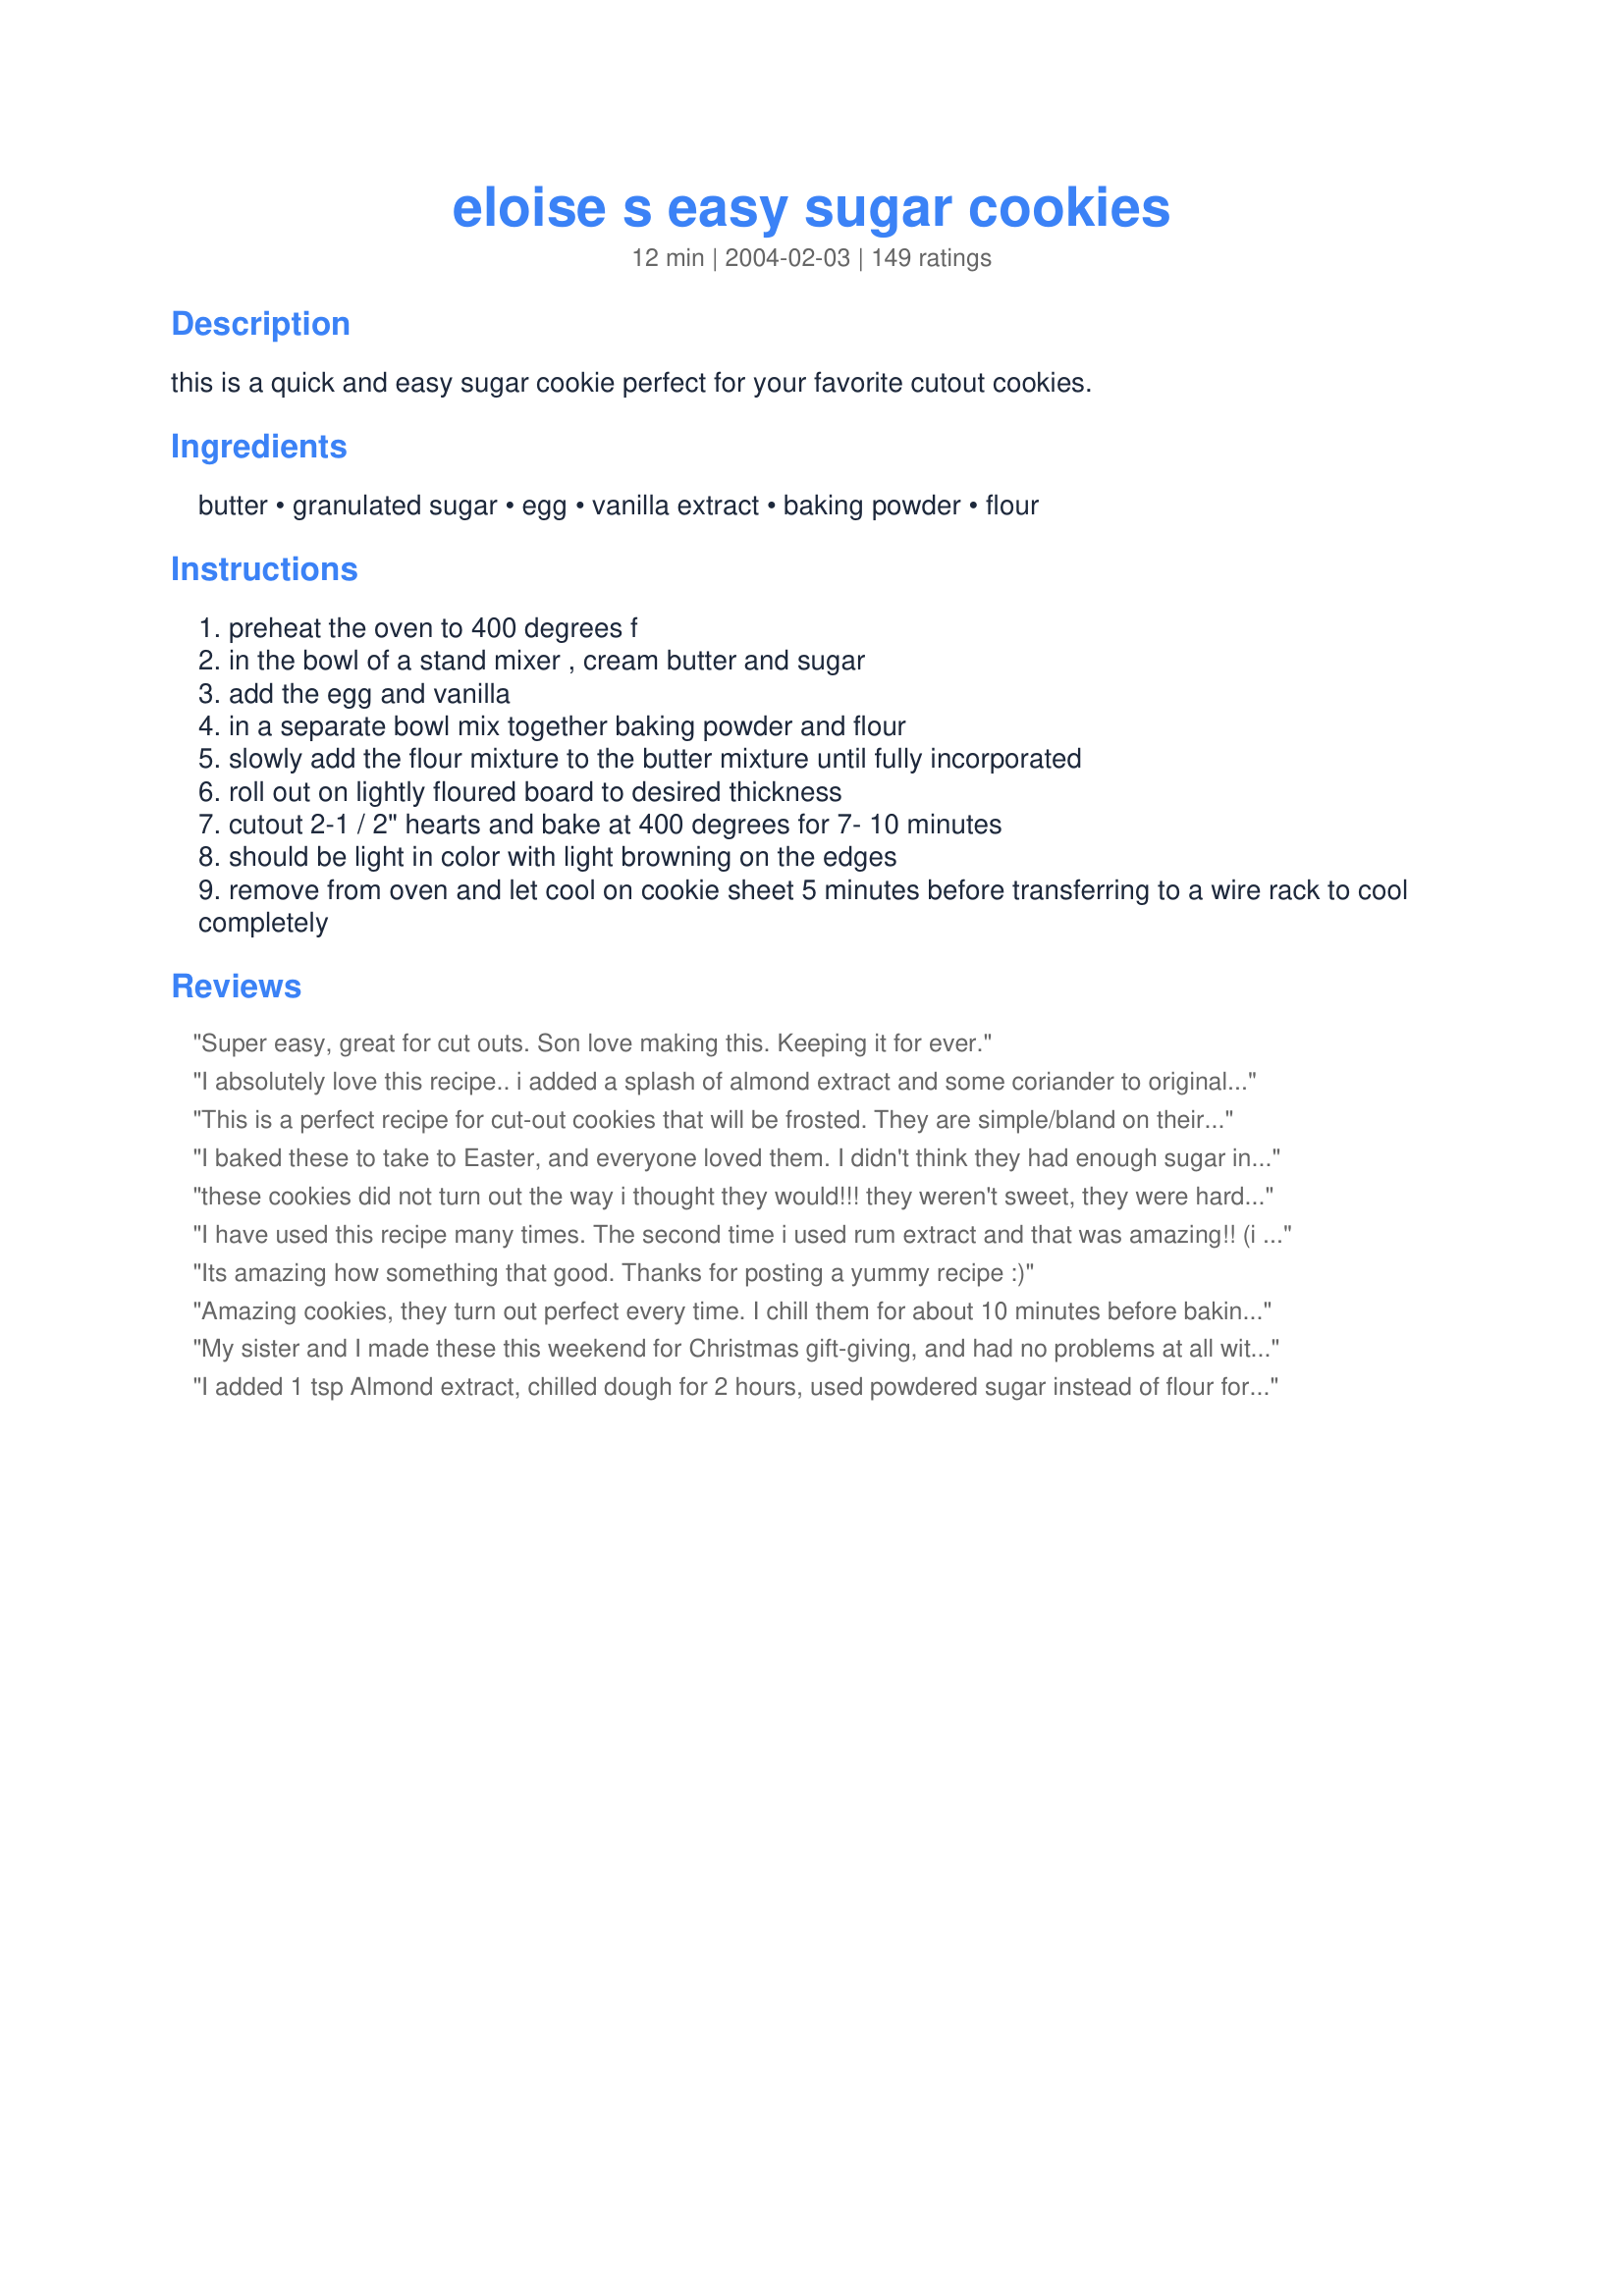
eloise s easy sugar cookies
Preparation time: 12 minutes

this is a quick and easy sugar cookie perfect for your favorite cutout cookies.

Ingredients:
butter, granulated sugar, egg, vanilla extract, baking powder, flour

Steps:
preheat the oven to 400 degrees f
in the bowl of a stand mixer , cream butter and sugar
add the egg and vanilla
in a separate bowl mix together baking powder and flour
slowly add the flour mixture to the butter mixture until fully incorporated
roll out on lightly floured board to desired thickness
cutout 2-1 / 2" hearts and bake at 400 degrees for 7- 10 minutes
should be light in color with light browning on the edges
remove from oven and let cool on cookie sheet 5 minutes before transferring to a wire rack to cool completely

Reviews:
Super easy, great for cut outs. Son love making this. Keeping it for ever.
I absolutely love this recipe.. i added a splash of almond extract and some coriander to original list of ingredients and reduced the amount of sugar by 1/4 and baking powder to 1 tsp since i like a crunchy cookie, and I can’t say enough about the results.. Perfect texture, perfect sweetness! My family enjoyed them with coffee and milk.
This is a perfect recipe for cut-out cookies that will be frosted. They are simple/bland on their own, but let kids drench them in icing and sprinkles and they are PERFECT. Just made 2 batches to take to classroom. Don't use extra large eggs -- large works fine. If dough seems sticky, add a little flour at a time til dough comes clean from sides of mixing bowl. And it's true -- you don't have to chill the dough!
I baked these to take to Easter, and everyone loved them. I didn't think they had enough sugar in them, though. They weren't quite as sweet as other sugar cookies I have tried, but they were still good.
these cookies did not turn out the way i thought they would!!! they weren't sweet, they were hard and dry and took the moisture out of my mouth... it leaves a bad after taste and i did everything the instructions said to do!!! i will never make these again!!
I have used this recipe many times. The second time i used rum extract and that was amazing!! (i do not care for vanilla). Tonight i left out egg and baking powder and ate the dough during movie night for the family. It was delicious!! One of my favorite recipes!
Its amazing how something that good. Thanks for posting a yummy recipe :)
Amazing cookies, they turn out perfect every time. I chill them for about 10 minutes before baking and the shape of the cookie stays exact. Use 2.5 cups of flour and 1/4 cocoa powder to make a chocolate version.
My sister and I made these this weekend for Christmas gift-giving, and had no problems at all with the dough, or the flvor of the baked cookies. We made several different sizes from 1&quot; to 2&quot; and found we needed different baking times based on size and thickness - 6 minutes for the smaller/thinner ones, and 7 minutes for the bigger/thicker ones. Time cooling also seemed to affect whether or not they held together...we had some angel wings and heads break off trying to get them off the pan :( Overall, this was a simple and flavorful recipe - we used powdered sugar to roll out, and the dough was the perfect consistency. We did chill it for about 15 minutes before rolliing them out, but after that we used the dough at room temperature with no problems. Will definitely make these again.
I added 1 tsp Almond extract, chilled dough for 2 hours, used powdered sugar instead of flour for rolling. They turned out great! Even had people ask for the recipe. I will be using this again :)
great, fun and easy recipe works every time!
Super easy and tastes great! This was my first time making sugar cookie cut-outs and I'm very happy with how they turned out. Thanks!!
I actually made these cookies for the first time today. They aren't that sweet but I personally am not a fan of super sweet cookies. I did however add a bit more vanilla than the recipe calls for and i believe they taste really good, So does the whole family!
I unbiasedly must say I grew up with the world's best sugar cookie maker as my grandma, but alas she is no longer here and her 125+ year old recipe is much more time consuming and difficult to make. An impatient 3 year old couldn't understand that so I found this recipe to try and was pleasantly surprised. We added a touch of lemon extract to make them taste more like Grandma's and put candy sprinkles on them before baking them. They were fabulous and were gone in no time at all! One review I read said to grease the cookie sheet and I tried it both ways with no noticeable difference. Much better sugar cookie recipe than I've tried in the past. Not grandma's but still very, very good.
Love these cookies. Very easy to make and taste wonderful. Everyone enjoyed them. A recipe keeper!
Not super impressed unfortunately. The consistency was great for the cut-outs but they were not very sweet at all. They sorta tasted like cardboard. But, they cooked well in the oven and are sturdy.
My daughter and I made these this evening. I had a fabulous simple sugar cookie recipe years ago that I have since lost and thought that this might be it. The result was ok. The flavor was good but not exceptional, just kind of plain. But the thing that frustrated me was that they puff up and lose their shape (from cut-outs). I have actually only had one recipe that didn't puff up and that was the one I lost. I think these would be ok as a drop sugar cookie, but they would need more flavoring...possibly almond extract. Sorry for the three starts, they just were not what I was hoping for.
Very happy with your receipt! Thank you!
Made these yesterday. My grandkids are visiting so they helped with the cutouts. This was the best sugar cookie recipe I've used and I've tried a lot. The cookies held their shape and the dough was easy to work with. Thanks.
Just a comment on some reviewers saying they were too salty...wonder if they were using salted butter? I hadn&#039;t even considered it, but we only ever buy unsalted butter and mine turned out delicious. If salted butter is not supposed to be used, maybe it should be mentioned in the recipe. This was my first time making suger cookies (with a 2 year old!) and they turned out great!
These are freaking good cookies! I added 1 tsp. of Almond extract as well.

On a side note: If you are making these for a holiday and want to dye them, be prepared to put them in the fridge to solid up. My black and orange cookies were really squishy. 
 My 'plain' ones, though, were gorgeous right out of the mixer. They bake up really nice and hold their shape well. I give this recipe 5 WOO WOOs!! :)
REally good sugar cookies. I let my kids go to town with them one afternoon....easy enough for children to make!
Let me start off by saying, I&#039;ve always been hesitant about these kinds of cookies (cut out). I made these last night and they came out GREAT!! I love them (I did let my dough chill for about 15-20 mins just to be safe) I was able to cut them out easily, this will be my GO TO RECIPE from now on!! THANKS SO MUCH!!
Aparently My Mom and I cooked the cookies together but i was telling her the instructions on somehow messed her up.....So i messed up the cookies. some are sweet and some are just so ugh. But they are very easy to make and very yummy for my tummy :D
they are awesome
These cookies were so delicious and soft! The perfect sugar cookie recipe. I followed the recipe exact and it was on point!
I haven’t made yet but am excited!!! I made an all Butter Dough, but it didn’t work for the pie to want.... can I use the pie dough for cookie dough?
BEST SUGAR COOKIES EVER!!! I normally don't like sugar cookies, but these taste amazing! Looking forward to icing them :)
I was planning on making dough and puting it in the fridge possibly over night and use tomorrow. Will it still be okay?
add lemon extract instead of vanilla it is great
Pretty good!

My boyfriend just had surgery on his butt so I made pain pill and butt cookies.
when i made the dough it looked really crumbly so i added a little bit of water to bind it a bit better came out amazing and tasted amazingly i would recommend it
These were really fun and easy to make! I made them in all differant shapes, including dog bone. I will make these again.
I love this recipe! I made the cookies with my 2 years old daughter and we used cookie cutters, very nice results. She left a piece of cookie on her food trade last night and this morning was in perfect condition, it wasn't hard, just perfect!
So easy and very delicious!! So happy I made christmas cookies with this recipe :)
Great recipe! My nephew and I had a great time making halloween cookies with this. Just a reminder to those not satisfied, it's always ok to use your hands to bring your dough together and chilling makes for easier rolling and better shapes.
I had no vanilla so I used the same amount of lemon juice, they came out awesome!
Turned out perfect. Sweet, just right! I thought the mixture was a little bit hard, but actually in the end it was perfect!
Do u use self rising flour or all purpose? Thanks
This is my second time making them due to I had to classes to get them to and my family ate them before they made it to the second class...lol
The first time I now know I rolled them out a little thin. This time I was more careful. Both time they came out perfect! 
Though my DH says they're more like short bread than sugar cookies. Personally...I don't care. They are awsome are will be the Holiday cookie recipe for me from now on. 
Thanks Gingerbee!
These cookies were so easy I'm thinking this is my new recipe
Easy and excellent recipe! Very quick to make and will use your recipe again. Thanks for sharing! =]
No fooling, these babies are the only sugar cookie I will ever ever use again in my whole life...especially for gifts. They don't have to be chilled (in fact the dough gets kind tough to handle when refridgerated) before rolling and cutting. The dough was not sticky at all, a light dusting on the rolling pin kept any dough from lifting. They cut like a dream, again not sticking to my cheapo metal cutters. They baked (on a greased sheet) and only stuck very slightly...grease your pan good. They bake however you want them to. Less time+thicker cut= softer cookie. Time as stated in recipe + 1/8 inch cut = softer when warm, crispier when dried. The edges were better when they got a little color on them. We made these for a homeschooling cooking project for Autumn leaves cutouts. We used icing (recipe # 64015) and my rainbow sugar crystals Recipe #251133. Wonderful combination! Thank you so much Gingerbee for the wonderful recipe. Outstanding.
Oh My!! Soooo good, and easy to make. I will always use this recipe from now on!
The best sugar cookie i recipe i have came accross! So simple and easy. I made the cookies exactly what the reciepe called for, put in the fridge for 20 mins then rolled out the dough . I had no isdues with the dough, I hope that helps:) aslo i used vanilla instead of almond flavor i cooked in 400 for 6 mins . My cookies are so nice and soft no crunchy cookies yippie :)
Simply amazing (and simple lol) recipe! I frosted them with this sugar cookie icing
(http://www.recipezaar.com/64015)
And to be honest, went a little nuts with the presentation...I'll send a picture as soon as I can.

Again, thank you so much :]
Easy and delicious!
Quick, easy sugar cookie recipe that I use to make cut-out Christmas cookies with the kids.
Very easy; and if made very simply, they are a great accompaniment to a wonderful home made ice cream.
I wanted to make sugar cookies all week and found this recipe here online, so I thought I&#039;d try it. I have made sugar cookies many times before, but I felt like trying this particular recipe, and I must say they turned out perfectly. You can actually put less of certain ingredients to make it to your own taste. The only change I made was I used less sugar, since I used Splenda mixed with Brown Sugar. They are delizioso, especially with Tea.
This recipe was so easy to work with and no time involved in refrigerating before rolling. Great for a Sunday after church when I needed a sheep shaped cookie for a snack for the 3-4 year olds in AWANA and only had a few hours to make them.
This is the WORST RECIPE EVER! I have burned over three dozen cookies. I tried tweaking the temperature, the thickness of the cookies, the time of cooking. They ALL BURN ON THE BOTTOM and stay raw on top. I am so upset. I was planning on making these cookies for a cookie exchange at work tomorrow. Now I either have to show up with store bought cookies or come empty handed. I hate this horrible recipe and if I could give it negative stars I would!
Turned out great. Didn’t make any changes to recipe. I did make into 3 disks and chilled over night in the fridge. Thawed on counter for a half hour and the dough was very workable. These cookies took 6 minutes exactly and have a great flavour. Looking forward to decorating.
I was looking for a quick easy last minute sugar cookie recipe. These are easy to make and fast. I will definitely use this recipe again.
This recipe is AMAZING!! best sugar cookies I ever made/had. My boys loved them! We ate them all up. Plus how fun is it to decorate them! We will be using the recipe every Christmas! ?? Thank you!
My whole family and I LOVE LOVE LOVE these cookies, turn out great and are super easy
I just came across an awesome recipe and have made it twice now. So simple and easy!!! I was planning to make a few as gifts for Christmas this year. Do sugar cookies keep and freeze well? How long can you keep them frozen and once defrosted and decorated with sugar icing, how long does it keep?
These were terrible cookies. I made an account for the sole purpose of reviewing what has been, in my humble opinion, the worst sugar cookies I have ever had the misfortune of consuming. They faithfully replicate the experience of eating animal crackers or stale tea biscuits, the final product being hard enough to keep our dinosaur-shaped cookies intact through numerous battles to the death. &lt;br/&gt;&lt;br/&gt;The dough itself does not hold up well to any shape other than a round turd-esq shape, falling apart if you try to form it or use cookie cutters. The cookies weren&#039;t even that tasty, falling somewhere between dollar-store shortbread and stale Wonder bread. &lt;br/&gt;&lt;br/&gt;Please, I beg you on behalf of our poor dinosaur cookies that languish on the table un-eaten, change *something* in the recipe and add something tasty.
The dough was easy to work with. The cookies tasted great. Thank you!
I LOVE this recipe! Instead of using vanilla, I use 2tsps of almond extract. Everyone thinks I&#039;m a pro! I bought the smallest strawberry cookie cutter and painted the cookies with just watered down food colouring before I baked them....AMAZING! Because of you, I make the most amazing birthday cookies! Thanx Gingerbee! MUAH!
This recipe is exactly as advertised: easy. When baked for six minutes they have a great bite with even coloring creating a perfect base for decorating. The flavor is shallow on its own, so if they going to be served naked, I would add either almond extract or vanilla bean to create a more complex taste.
Great recipe! I divided dough into sections since I wasmaking different designs of cutout cookies. I kept dough covered while working with it. It didn't dry out at all. Cookies retained shape and detail after baking. Loved it!
Maddie's Mom
Tried using an electric mixer and accidentally over mixed so they were a strange consistency. Tried again hand mixing and cutting them out pretty thick and they are beautiful. Cooked for 6 mins on a dark non stick pan.
I made these for the first time and they are so delicious! Everybody that has ate one has asked for the recipe. So easy to make!
These cookies are THE best sugar cookies I have ever had! They are very easy to make and hardly take any time. You can&#039;t go wrong with this recipe!
even if they are are not rolled out they are still yummy
These are fantastic! I have tried several sugar cookie recipes from food.com- even those Granny's cookies that were so popular- and I found these to be SO much better! I amended the recipe a little bit based on other's reviews- I sprinkled in some orange zest into the dough ( probably 1 teaspoon at the most) and added one- half teaspoon of almond extract in addition to the vanilla-. Then if I needed any flour while rolling out I a conf sugar and flour mix on the roller so the dough did not get bland. These are crisper cookies than the soft sugar cookies- much better to my liking. They are more the old fashioned variety. And they taste so much better. Thank you Eloise!
Made these last year...making them again this year...not real sweet,but when you decorate with icing and sprinkles they are perfect
I lost my recipe so I quick looked this up and made 2 double batches for family Easter cookies. It is easier and better than my original recipe. I used real butter and put dough in fridge because it was time to start dinner and it was so hard I had to wait for it to come back to room temperature.
I absolutely love these cookies! Perfect for any occasion. The best Ever Sugar Cookies I have ever made!
Do I use all purpose flour or self rising flour
help! They wont keep shape once cooked! Turning in to blobs! Any suggestions
i just made them now and it was quick and so easy! oh man i love the cookies! im going to show it to my friends and make the cookies for them!
I test made this recipe to see if I could double the batch, it worked great! Fabulous and super easy to work with, not needing to chill first is a real bonus! I love the cookie without the icing, my husband loves it with. Great for decorating! Highly recommend this recipe for the home baker.
I used real butter and hand mixed everything. 1/4 of dry ingredients at a time. I refrigeratedon't the dough for an hour and didn't need any flour to roll it out. Not sticky at all. I baked them for 8 minutes. These are soft moist and so so tasty. I was worried after reading some reviews about them being bland or dry. I'm not sure where they went wrong or I went right but these are delicious cookies. I've never baked sugar cookies before. I'm just broke and happened to have the ingredients and wanted to make cookies for my kids. I highly recommend these. I'll definitely save this recipie. This picture is half of the recipie. I have the rest in the fridge for later.
Tried these cookies nd they re the worst cookies I ever ate. I will never make them again
LOVE THESE SUGAR COOKIES!! I have always purchased sugar cookie dough b/c I usually want to make it and use it when the urge strikes. Since most recipes call for 30 min chilling time I just use the stuff that's already to go. NOT ANYMORE!! I used almond extract instead of vanilla and it was PERFECT!! Thanks for the recipe!!
I tried this recipe and the dough keeps falling apart and sticking to a non stick roller I can't even pick up the cookies without them falling apart....would it help if I stick the dough in the fridge for a bit first?
Well, so far not so great. I had to scramble quite a bit to wrangle this recipe into something worthy of oven time. They're baking now but from the looks of it, I think I'll need to figure out how to salvage the whole batch or throw it out, like the other recipes that are highly rated but turn out badly. Sigh. I did add water to, just 'cause I saw another person had done that. And, I added another egg since I'd used a medium egg instead of a large one. And, more vanilla ... just to get the mixture cohesive enough.
Easy, fantastic sugar cookie! Much like Eat 'n Park's smiley cookies. Revision 12/08: Actually, these are BETTER than Eat 'n Park's cookies. I just picked some up last week after a visit home and I like mine better!
Is it self raiseing flour
I overcooked JUST a bit, and were still delicious.
This was easy! Simple ingredients I had on hand, and they came-out of the cookie cutters nicely. They reminded me a bit of Danish butter cookies. Next time I'll get Lurpak Danish butter and see how they turn-out with that. Mmmm. Thanks for posting!
Let me start by saying that these cookies are GREAT! They are soft but not too soft, and they taste wonderful with frosting.

I think it's because it's winter here and there's a lot of humidity in the air, but the amount of flour suggested was not enough. I upped the flour to 3 cups, and that did the trick. I rolled them out a bit thick and cut out shapes, baking them for 9 minutes at the recommended 400 degrees. Perfect!
I had no problem with the dough being dry--even after rolling it out (with flour on the board and rolling pin) several times, it still stayed together. The cookies were perfectly crispy, and even without icing they were the perfect level of sweetness.
Thank you thank you thank you for posting this recipe. I have searched high and low for a good recipe for sugar cookies and stumbled onto your recipe. Although I didn&#039;t use this recipe to cut my cookies into shapes. I just wanted a recipe for fluffy sugar cookies and tried this. The first time I used this recipe it was really quick, and the cookies came out just right. With the perfect combination of really fluffy and crunchy. :)
Awesome, easy recipe! I made this gluten-free and vegan by substituting gluten-free all purpose flour and coconut milk instead of eggs. Delicious!
I had never made sugar cookies by myself, just helped others decorate them. I was inebriated and craving Christmas sugar cookies a crazy amount and stumbled up this recipe while searching. I halved the batch because I didn't have enough ingredients on hand for the full size and they still turned out perfectly. Considering the state I was in, I'd say they're pretty foolproof and easy to make! I made a quick icing and had the treat I was wanting way quicker than I thought I would!
Delicious cookies i baked them on GVP parchment. they are great and natural
These are the best sugar cookies EVER! I've never made cookies in my life and I tried this recipe ( didn't change anything on it) and they turned out AWESOME, thanks so much!
We had such a blast baking & decorating these cookies! They were sooo easy to make, and soo fluffy! The only downside that I found was they were a little on the bland side.. Next time, I'll add in a lil' somethin' somethin' to give it a bit more flavor. But, everyone else LOVED them!
This is so very easy! If you follow the directions you can't go wrong. I love that I don't have to refreigate this. The kids love that they can help. Thanks!!!!
I usually only comment when something is great, however these cookies came out very very salty, didn&#039;t taste like sugar cookies at all. I am wondering if anyone else had the same problem.
These cookies are not good for cookie cutters this recipe failed on that the cookie dough was too gooey to even shape with your hands!!!!! I was making Halloween cookies when this failed so we made them circular cookies and may i say they smelt delicious and tasted Ok!! I know i did the recipe right but over all bad recipe for cookie cutting and Ok recipe for decorating and eating!
In an effort to make this recipe even easier, I did not roll out the cookies. I used a rounded tablespoon and formed them there. Then I rolled them in my hand to form a ball. They came out flat when baking. I didn't even press them down on the sheet.
I didn&#039;t like the turnout. The dough is easy to work with but the flavor and texture was like chalk. I used blue bonnet butter I wonder if that was the mistake. Maybe I&#039;ll try again using a different brand. Any suggestions?
Pretty good. I do prefer softer, sweeter cookies and these bake harder and are not that sweet. Only problem was that the dough turned crumbly after mixing, even though I followed directions and softened the butter before use. To solve, I added a few drops of water at a time to the crumbly dough, until it was smooth and pliable. A tip I read: use confectioner sugar instead of flour to roll out dough. That really helped add more sweetness! I'm giving a 4 due to not needing to refrigerate prior to use, recipe ease, and fact that dough held the cookie cutter shapes. Would make again as my 9, 4, and yr old loved them :)
These cookies were not as sweet as I expected so I would recommend adding more sugar. But they cut excellently with my cookie cutters.

Other than the sweetness these cookies were really good.
These were amazing!!!! I live in the Rocky mountains so I only had to bake for 4 minutes. Anything longer than that turned them WAY too brown. Will have this as my got to recipe :)
Ohh,it&#039; soooo good cookies.It&#039;s really easy and delicious, melting down your tongue.My family love when i cover each cookies icing with almond essence.
I really loved this recipe! It wasn&#039;t what I expected it to be. Usually I use cut out recipes that require sitting in the fridge for 2 hours. I did not have time for this, so I whipped these up. The dough was not a consistent roll out dough. It was a sticky dough. I floured the surface very well, and then added a little flour in top of the dough. It was not ideal to work with, but the taste of the dough was incredibly delicious. Before and after baking. Most of my other sugar cookie recipes taste like chalk. This was so yummy! If you can, take a little time to work with the dough, use floured utensils to cut and transfer the cutouts onto your baking sheet, and don&#039;t take them off the tray until they are done cooling. My new favorite sugar cookie! Food.com you&#039;ve done it again!
My first attempt at sugar cookies for my granddaughters 1st birthday - not only was the recipe fool proof the cookies rolled nicely and are delicious - can't wait to make them again for Valentine's Day!
If I could give it 0 stars, I would. We followed the recipe exactly and they turned out as hard as a rock, but they were also brittle and broke whenever we touched them. They were tasteless, disastrous cookies and I would not recommend making them. 2 hours of my life I'm never getting back.
Awesome, quick receipe. We made our candy canes and snowmen on the thick side and they came out perfect! We even decorated them with dried craberries and boy were they yummy! Thank you : )
I just made these cookies and they are by far the best. They turned out great! I will use this recipe from now on and will even pass it on to friends and family.
Very easy sugar cookies. Followed the recipe but added 1/2 tsp salt and used some brown sugar in place of some of the white sugar. Not too sweet, easy to roll out, hold shape well. Made some Hallowe'en dinosaurs for my friends' kids with this recipe.
I thought these were super easy and delicious!
THIS WAS WAYYYYY AWESOME!!! I thought at first that it was too much flour, but no, it was great. I loved it. Great recipe Gingerbee!!
Excellent recipe! I made a double batch and we made lots of cut-out cookies! As with any buttery dough, the key for us was to only work with a hunk of dough enough to press out one pan of cookies at a time so the rest can stay cold until you are ready to prepare the next batch. The cookie retained their shape and were very tasty. Along with the vanilla, we added a teaspoon of peppermint extract (or you could use another flavor) to add some seasonal flavor. Will use this one again and again!
Do i need to add more
These sugar cookies are simple and delicious. Making the dough is really quick, too, though the rolling and cutting does take a bit of time. I made a half batch of the recipe on two separate occasions this week, the second time dividing the dough into 3 batches: one plain, one with mixed dried fruit (raisins, craisins and blueberries), and one with mini chocolate chips. They all came out beautifully; thin and crisp! I highly recommend this recipe and will definitely use it again and again.
Indeed easy to work with. So great that it doesn't get all sticky and need to be re-refrigerated in the midst of shaping the cookies. Yummy and simple with the short ingredient list too. Perfect!
This recipe was perfect. The cookies were easy to decorate and delicious! I added some orange zest as a nod to my mom's old recipe. The dough was slightly sticky so I made sure there was plenty of flour on the wax paper and the roller. Rolled slowly towards the edges. I will used this recipe again! I also slightly overcooked the second batch and they still tasted great!
Great! I added 1/4 c more sugar...next time will prob add 1/2 c.more...
This recipe truly is worth five stars. I've made dozens of sugar cookie recipes and this one surpasses them all. It's hard to believe because sugar cookies have just about all the same basic ingredients but this recipe makes the chewiest, tastiest, most amazing cookies. And they hold their shape well when baked if you want to decorate them. They don't spread much at all. I'm so happy that I stumbled upon this today and will never make another recipe for sugar cookies. I'm definitely in love.
I&#039;m sorry but these are not doughy, they come out as a thick batter and when I tried to roll it out I ended up with thick batter stuck to my hands and everything else. I stuck it in the fridge just now hoping it will harden enough to roll out so my son can use cookie cutters, fingers crossed!
Horrible cookies. Tasted like flour and the dough was sooooo dry
I had a few problems with these. They weren't quite sweet enough for my taste... but almost. I ended up sprinkling sugar on top to help with that. They also would be really good frosted. I also had some trouble with the dryness. They kind of flaked and wouldn't go together right, so I had to add a couple drops of water. Overall great though, and I'd make them again.
I made half the recipe and it turned out good plus i had no mixer all by hand but anything for the little ones
I made this recipe and found the dough was so wet I couldn't even touch it. I chilled it for an hour and it made no difference. I had to add an extra cup and a half of flour and half cup of sugar just to make it barely firm enough to bake and got a pretty tasteless cookie
This recipe is HORRIBLE! Do not use! They do not taste like sugar cookies at all! Tasted like biscuits, it was awful!!! The reason the recipe is so simple is because it&#039;s not good, don&#039;t waste your time.
These are SOOOO good! I took the advice of some other reviews, and made them a bit thicker since I enjoy soft sugar cookies. We used the RecipeZaar recipe: http://www.recipezaar.com/Sugar-Cookie-Frosting-235776 for the frosting and the results were fantastic! Now I just have to refrain from eating too many ;-)
This cookies turned out amazing! Soft and delicious!
I have tried 6 different recipes in the past week, trying to get the perfect taste and consistency for my Royal Icing decorated cookies. I FINALLY found it! I doubled the recipe, which worked perfectly. The only thing I changed was the baking powder. I halved the amount it called for. Some people have said they are &quot;salty&quot;, I don't understand that. Mine aren't salty at all! They held their shape perfectly and after decorating with Royal Icing, they tasted perfect. This is not meant to be a &quot;sweet cookie&quot;. If you are wanting a sweet cookie, you should probably use a sugar cookie recipe. I will use this recipe from now on. I make and decorate a lot of cookies for many different occasions and this will now be my #1 recipe. Also, I NEVER use flour to roll out my cookies. I always roll them out on parchment paper sprinkled with powdered sugar.
This is a wonderful and easy sugar cookie cut-out recipe. Perfectly simple enough to bake and decorate with kids! The cookies came out perfect. I used Sugar Cookie Icing recipe #64015 from Food.com to ice them. Lovely!
These cookies worked out great. They were so much easier to use than other ones I have tried and not too sticky. Much better than that Pillsbury cookie dough. That stuff sticks everywhere!
Perfect with tweeks
Made these for the first time and a add-on for the desserts at my daughters birthday. I added sprinkles to the dough instead of full on decorating. They were super simple and delicious! Will be making again!!
Love this recipe! I also added 1/4 cup sour cream, 1 tsp. cream of tarter and a tbls of orange zest. I found that chilling before rolling and cutting did help:-) delicious and easy! Thanks for posting!
This was a great recipe. Very tasty! They ended up thick enough to hold large cookie shapes when cup with cookie cutters. Super easy to make considering they didn't have to be refrigerated before using.
This recipe made the best cookies! I like the fact that you don't need to refridgerate the dough. I made mine quite thick...and I use powdered sugar to roll them out with, rather than flour. These made great cutouts for christmas!
OMG (GOODNESS) THESE WHERE AMAZING. THE KIDS LOVED THEM, I ADDED A LITTLE CINNAMON. WE WILL MAKE THESE ALL THE TIME
Have to agree with another review that these were just unusable. Completely unable to be rolled out--no matter how much flour you add to the board or rolling pin. I even put flour in the cutters. Impossible to use. I ended up adding tons of flour and trying again after half an hour in the fridge--still unable to use--and now they just tasted like a lump of flour. Needless to say I tossed the thin sticky mess and will go try to find a recipe elsewhere.
I followed the recipe as is but divided everything (except sugar) in half, and still yielded 24 regular-sized cookies. Doubling the sugar was a mistake; it will be too sweet once I add icing. The shape didn't hold too well after baking; I would use a different recipe if I needed precise shapes.
This recipe is a keeper. It was easy to make and the cookies hold their shape well. While I rarely heed the prep time on recipes, the 5 minute estimate to make these is way off, especially if you are using cookie cutters. They do mix up quickly but even the speediest among us will not have these in the oven in 5 minutes! No complaint... just trying to keep it real.
My 3 year old daughter asked to make cookies with dad..... how could I say no? Found your recipe and followed it exactly although I did use a mixer and it left the dough pretty crumbly so I just chilled it in the fridge for a bit and they rolled out so much better. This recipe is so easy and they taste incredible! My daughter has had 6 now and it's bed time so I better get on that lol Thanks for a wonderful recipe
We really enjoyed these cookies! I tweaked it slightly by doing half brown sugar and half granulated, and adding cinnamon. I baked ours for 7 minutes and they were golden. Thanks for posting!
I found them to be dry, and a strong flour taste. Will not make again.
Easy recipe to follow however will it turn out if I add food colouring to the dough in order to make a variety of colours?
They were definitely easy! Yum!
To get the best results I'd definitely use parchment paper because half of the time what breaks cookies like this is taking them from the pan. I just slid them off to cool and not a single one broke though my daughter stole the leg off a gingerbread man when they were cool lol. I used about 3 extra tbsp of flour because the consistency was a little off for my liking and if you like more flavor add some vanilla but for me they were great. I found that rolling to a 1/4&quot; and baking 8 min closer to 9 min because I had some I'd rolled a bit thick worked great.
They turn out good I just didn’t decorate them
I have used this recipe 6 times now, and just had to leave a review! They are amazing! I have doubled the recipe and it worked absolutely perfectly as well, in fact, this recipe made way more cookies than said. When I doubled the recipe, it made about 90 cookies! It was phenomenal! I recommend using lots of flour when rolling the dough out or they will not work as easily. I am about to try it with a substitution of gluten free flour. Hopefully, it will work out great! I will keep you updated!
Great recipe easy to make kids ( age 5 &amp; 3) enjoyed making the cookies and loved eating them!
REally good sugar cookies. I let my kids go to town with them one afternoon....easy enough for children to make!&lt;br/&gt;&lt;br/&gt;(From www.cougarflirts.com)
I've been making these every time there's a bake sale and these never fail to make people fall in love with them :D Thank you for such a great recipe!!
These cookies were outstanding. They were so easy to cut out and tasted great. We frosted ours. I have never used a recipe for cut out cookies that you didn't have to refridgerate so I was suprised how easy the dough was to work with. My 3 and 4 year old preschoolers had a great time cutting out cookies with me. Thanks for the great recipe.
I loved this recipe! I made it twice and bolth times it worked out great!
I love the simplicity of this recipe. Cut out cookies are my favorite for every holiday but I did make some changes. I added a fourth cup of sour cream and a teaspoon of cream tartar and a pinch more flour. I gave it 20 minutes in the fridge before rolling out so the cookies did not spread when baking. They are easy and delicious.
